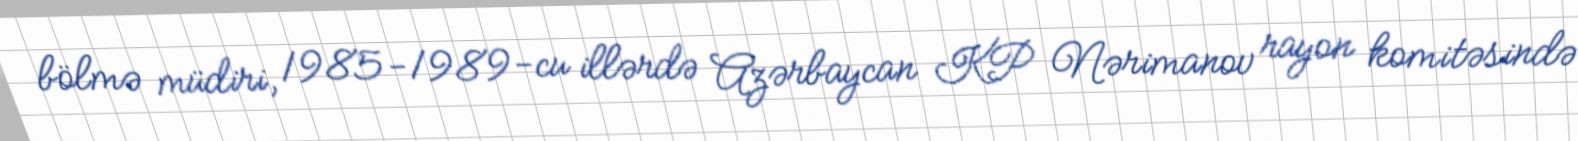
bölmə müdiri, 1985-1989-cu illərdə Azərbaycan KP Nərimanov rayon komitəsində